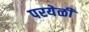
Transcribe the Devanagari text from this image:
परयेळी